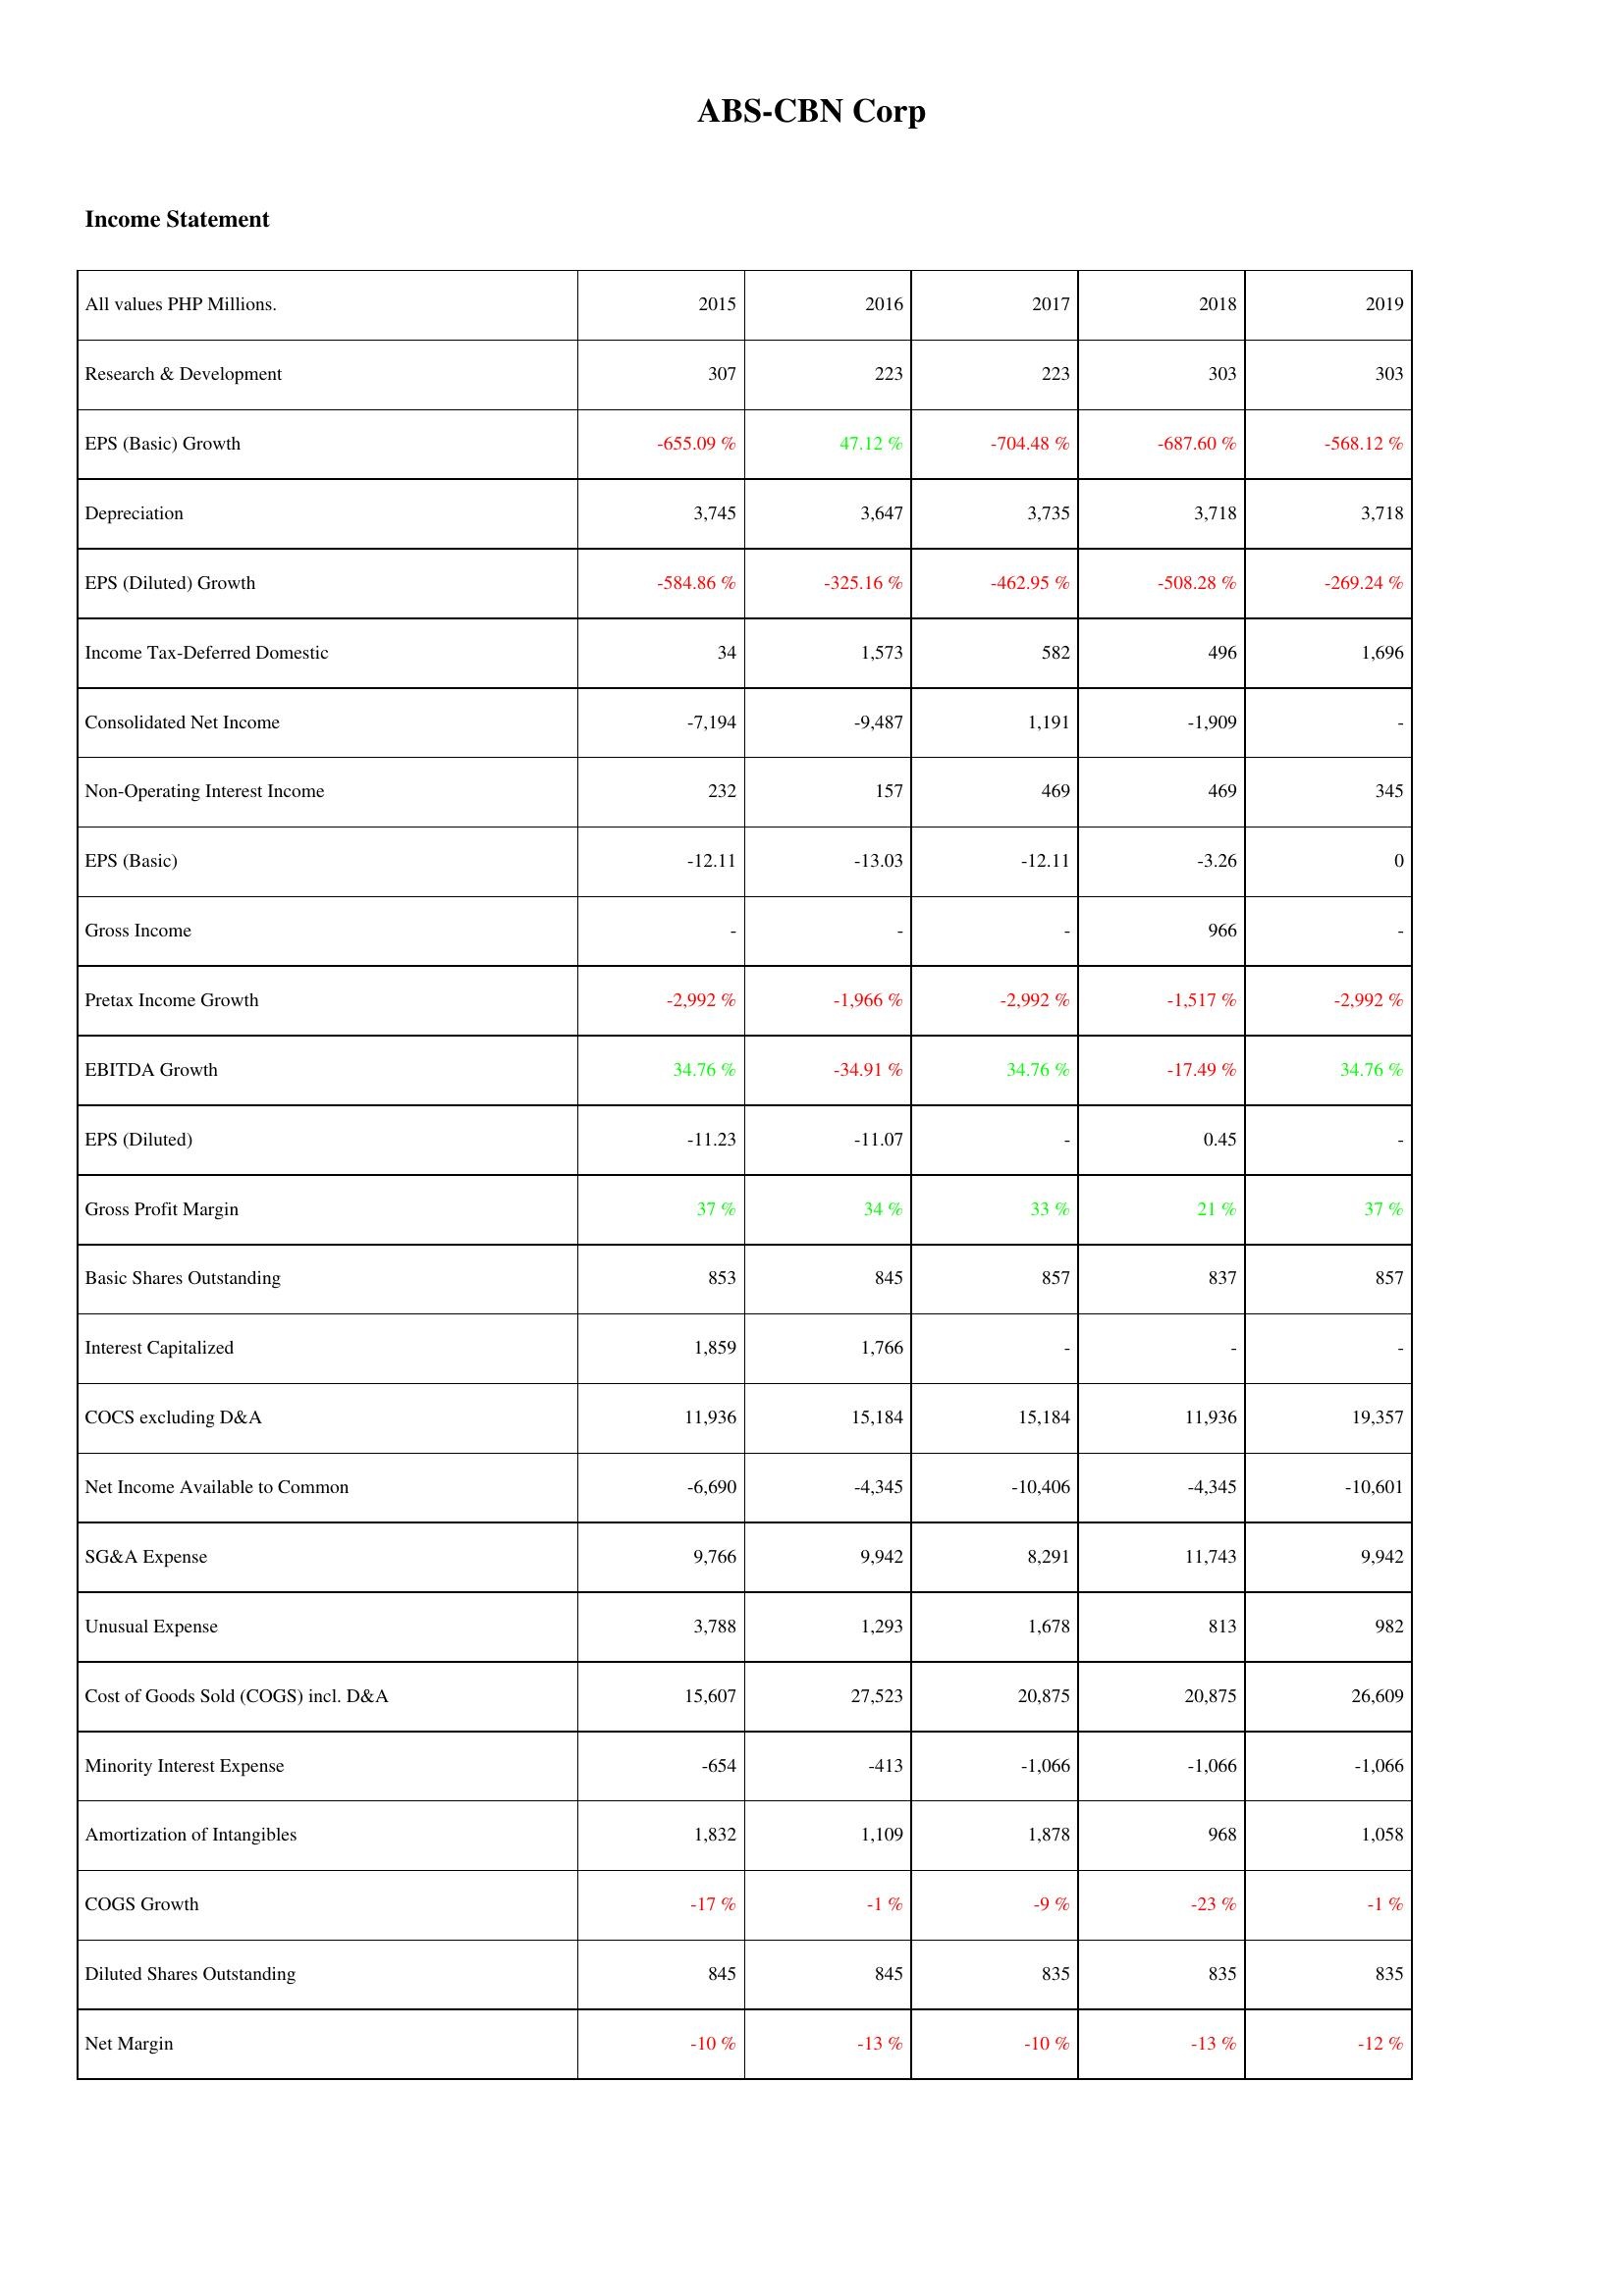
2015: Income Statement: Research & Development: 307
EPS (Basic) Growth: -655.09 %
Depreciation: 3,745
EPS (Diluted) Growth: -584.86 %
Income Tax-Deferred Domestic: 34
Consolidated Net Income: -7,194
Non-Operating Interest Income: 232
EPS (Basic): -12.11
Gross Income: -
Pretax Income Growth: -2,992 %
EBITDA Growth: 34.76 %
EPS (Diluted): -11.23
Gross Profit Margin: 37 %
Basic Shares Outstanding: 853
Interest Capitalized: 1,859
COCS excluding D&A: 11,936
Net Income Available to Common: -6,690
SG&A Expense: 9,766
Unusual Expense: 3,788
Cost of Goods Sold (COGS) incl. D&A: 15,607
Minority Interest Expense: -654
Amortization of Intangibles: 1,832
COGS Growth: -17 %
Diluted Shares Outstanding: 845
Net Margin: -10 %
2016: Income Statement: Research & Development: 223
EPS (Basic) Growth: 47.12 %
Depreciation: 3,647
EPS (Diluted) Growth: -325.16 %
Income Tax-Deferred Domestic: 1,573
Consolidated Net Income: -9,487
Non-Operating Interest Income: 157
EPS (Basic): -13.03
Gross Income: -
Pretax Income Growth: -1,966 %
EBITDA Growth: -34.91 %
EPS (Diluted): -11.07
Gross Profit Margin: 34 %
Basic Shares Outstanding: 845
Interest Capitalized: 1,766
COCS excluding D&A: 15,184
Net Income Available to Common: -4,345
SG&A Expense: 9,942
Unusual Expense: 1,293
Cost of Goods Sold (COGS) incl. D&A: 27,523
Minority Interest Expense: -413
Amortization of Intangibles: 1,109
COGS Growth: -1 %
Diluted Shares Outstanding: 845
Net Margin: -13 %
2017: Income Statement: Research & Development: 223
EPS (Basic) Growth: -704.48 %
Depreciation: 3,735
EPS (Diluted) Growth: -462.95 %
Income Tax-Deferred Domestic: 582
Consolidated Net Income: 1,191
Non-Operating Interest Income: 469
EPS (Basic): -12.11
Gross Income: -
Pretax Income Growth: -2,992 %
EBITDA Growth: 34.76 %
EPS (Diluted): -
Gross Profit Margin: 33 %
Basic Shares Outstanding: 857
Interest Capitalized: -
COCS excluding D&A: 15,184
Net Income Available to Common: -10,406
SG&A Expense: 8,291
Unusual Expense: 1,678
Cost of Goods Sold (COGS) incl. D&A: 20,875
Minority Interest Expense: -1,066
Amortization of Intangibles: 1,878
COGS Growth: -9 %
Diluted Shares Outstanding: 835
Net Margin: -10 %
2018: Income Statement: Research & Development: 303
EPS (Basic) Growth: -687.60 %
Depreciation: 3,718
EPS (Diluted) Growth: -508.28 %
Income Tax-Deferred Domestic: 496
Consolidated Net Income: -1,909
Non-Operating Interest Income: 469
EPS (Basic): -3.26
Gross Income: 966
Pretax Income Growth: -1,517 %
EBITDA Growth: -17.49 %
EPS (Diluted): 0.45
Gross Profit Margin: 21 %
Basic Shares Outstanding: 837
Interest Capitalized: -
COCS excluding D&A: 11,936
Net Income Available to Common: -4,345
SG&A Expense: 11,743
Unusual Expense: 813
Cost of Goods Sold (COGS) incl. D&A: 20,875
Minority Interest Expense: -1,066
Amortization of Intangibles: 968
COGS Growth: -23 %
Diluted Shares Outstanding: 835
Net Margin: -13 %
2019: Income Statement: Research & Development: 303
EPS (Basic) Growth: -568.12 %
Depreciation: 3,718
EPS (Diluted) Growth: -269.24 %
Income Tax-Deferred Domestic: 1,696
Consolidated Net Income: -
Non-Operating Interest Income: 345
EPS (Basic): 0
Gross Income: -
Pretax Income Growth: -2,992 %
EBITDA Growth: 34.76 %
EPS (Diluted): -
Gross Profit Margin: 37 %
Basic Shares Outstanding: 857
Interest Capitalized: -
COCS excluding D&A: 19,357
Net Income Available to Common: -10,601
SG&A Expense: 9,942
Unusual Expense: 982
Cost of Goods Sold (COGS) incl. D&A: 26,609
Minority Interest Expense: -1,066
Amortization of Intangibles: 1,058
COGS Growth: -1 %
Diluted Shares Outstanding: 835
Net Margin: -12 %